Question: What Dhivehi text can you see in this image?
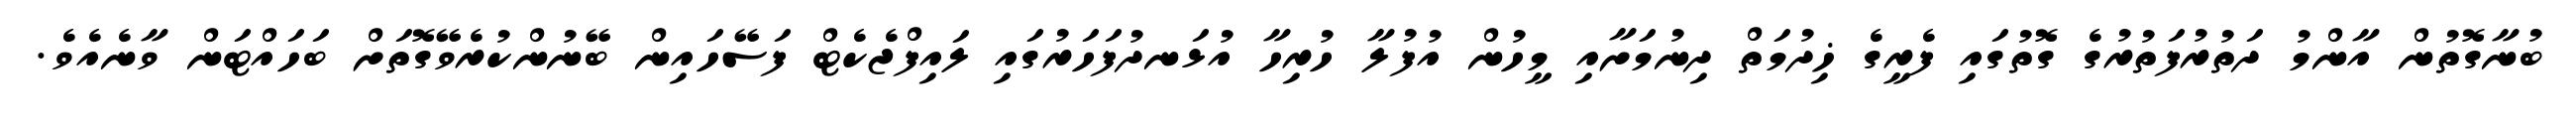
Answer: ބުނާގޮތުން އާންމު ދަތުރުފަތުރުގެ ގޮތުގައި ފެރީގެ ޚިދުމަތް ދިނުމަށާއި މީހުން އުފުލާ ހުރިހާ އުޅަނދުފަހަރުގައި ލައިފްޖެކެޓް ފަސޭހައިން ބޭނުންކުރެވޭގޮތަށް ބަހައްޓަން ވާނެއެވެ.